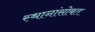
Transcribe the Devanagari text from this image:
स्थानांसोबत